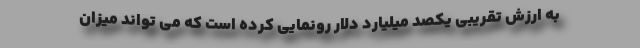
به ارزش تقریبی یکصد میلیارد دلار رونمایی کرده است که می تواند میزان